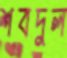
শবদুল